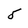
Character: 5